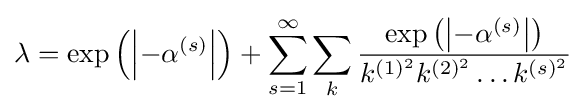
\lambda =\exp \left(\left|-\alpha ^{(s)}\right|\right)+\sum _{s=1}^{\infty }\sum _{k}{\frac {\exp \left(\left|-\alpha ^{(s)}\right|\right)}{k^{(1)^{2}}k^{(2)^{2}}\dots k^{(s)^{2}}}}